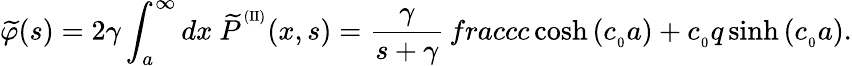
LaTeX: {\widetilde{\varphi}}(s)=2\gamma\int_{a}^{\infty}dx\ {\widetilde P}^{^{(\mathrm{II})}}(x,s)=\frac{\gamma}{s+\gamma}\, frac{c}{c\cosh{(c_{_0}a)}+c_{_0}q\sinh{(c_{_0}a)}}.